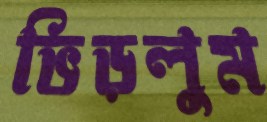
ভিড়লুম